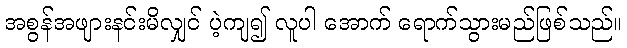
အစွန်အဖျားနင်းမိလျှင် ပဲ့ကျ၍ လူပါ အောက် ရောက်သွားမည်ဖြစ်သည်။